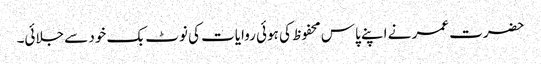
حضرت عمر نے اپنے پاس محفوظ کی ہوئی روایات کی نوٹ بک خود سے جلائی۔